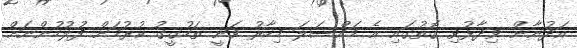
އަދުނާން ވިދާޅުވި ގޮތުގައި އެ މައްސަލަ މިހާރު ވަނީ ތަހުގީގު ކުރުމަށް ފުލުހުންނަށް